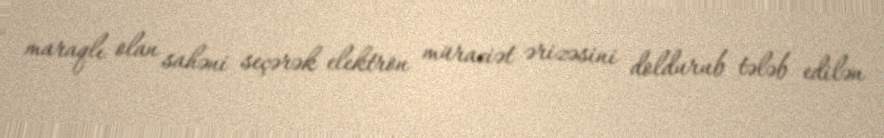
maraqlı olan sahəni seçərək elektron müraciət ərizəsini doldurub tələb edilən